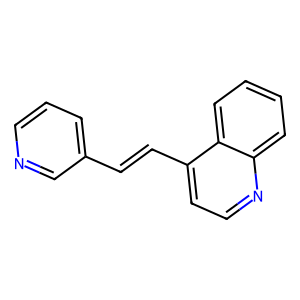
SMILES: C(=Cc1ccnc2ccccc12)c1cccnc1
Inhibits HIV replication: No